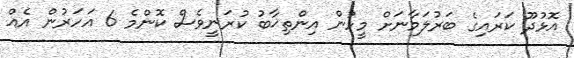
އޮޅުދޫ ކަރައިގެ ބަރުލަމާނަށް މީހުން އިންތިޚާބު ކުރަނީވެސް ކޮންމެ 6 އަހަރުން އެއް